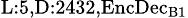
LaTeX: _{\textrm{L}:5,\textrm{D}:2432,\textrm{EncDec}_{\textrm{B}1}}